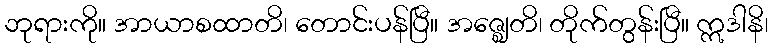
ဘုရားကို။ အာယာစထာတိ၊ တောင်းပန်ပြီ။ အဇ္ဈေတိ၊ တိုက်တွန်းပြီ။ ဣဒါနိ၊